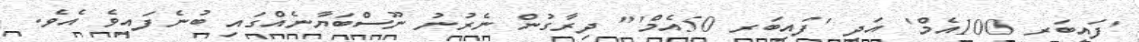
'ފައިބަރ 100އެމް' އަދި 'ފައިބަރ 50އެމް'" ދިރާގުން ނެރުނު ނޫސްބަޔާނެއްގައި ބުނެފައިވެ އެވެ.